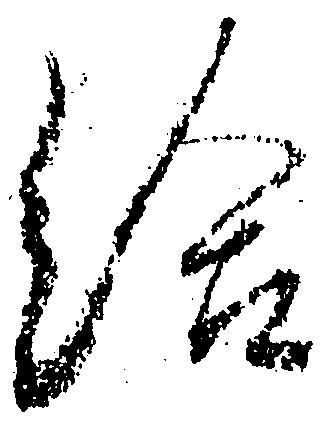
給